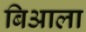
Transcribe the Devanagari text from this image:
बिआला